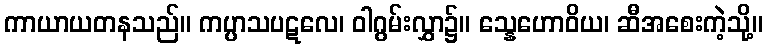
ကာယာယတနသည်။ ကပ္ပာသပဋလေ၊ ဝါဂွမ်းလွှာ၌။ သ္နေဟောဝိယ၊ ဆီအစေးကဲ့သို့။